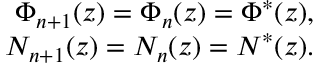
\begin{array} { r } { \Phi _ { n + 1 } ( z ) = \Phi _ { n } ( z ) = \Phi ^ { * } ( z ) , } \\ { N _ { n + 1 } ( z ) = N _ { n } ( z ) = N ^ { * } ( z ) . } \end{array}